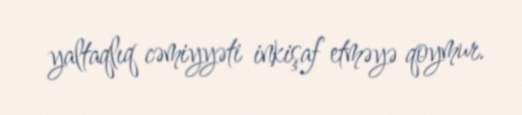
yaltaqlıq cəmiyyəti inkişaf etməyə qoymur.